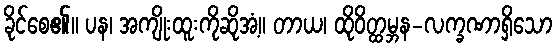
ခိုင်စေ၏။ ပန၊ အကျိုးထူးကိုဆိုအံ့။ တာယ၊ ထိုဝိတ္ထမ္ဘန-လက္ခဏာရှိသော